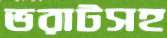
ভরাটসহ